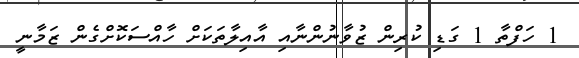
1 ހަފްތާ 1 ގަޑި ކުރިން ޒުވާނުންނާއި އާއިލާތަކަށް ހާއްސަކޮށްގެން ޒަމާނީ